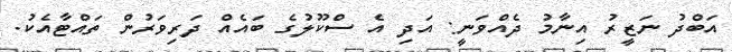
އަބްދު ނަޒީރު އިނާމު ދެއްވަނީ: އަދި އެ ސްކޫލުގެ ބައެއް ދަރިވަރުން ތައްޓާއެކު.